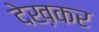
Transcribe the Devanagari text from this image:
देख़कर